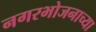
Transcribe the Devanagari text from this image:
नगरभोजनाच्या